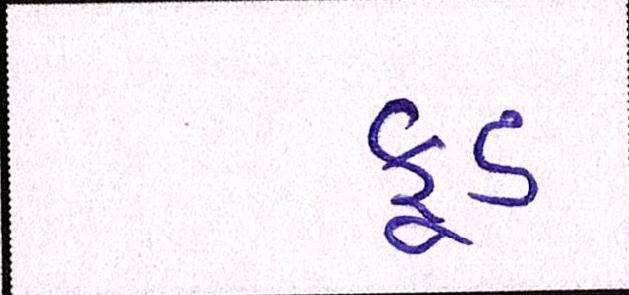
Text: ફૂડ